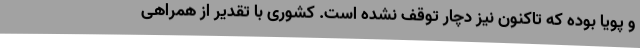
و پویا بوده که تاکنون نیز دچار توقف نشده است. کشوری با تقدیر از همراهی